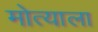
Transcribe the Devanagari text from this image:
मोत्याला